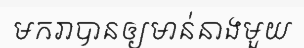
មករាបានឲ្យមាន់នាងមួយ